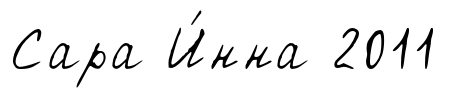
Сара И́нна 2011